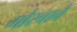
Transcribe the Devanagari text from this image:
गौरवावे